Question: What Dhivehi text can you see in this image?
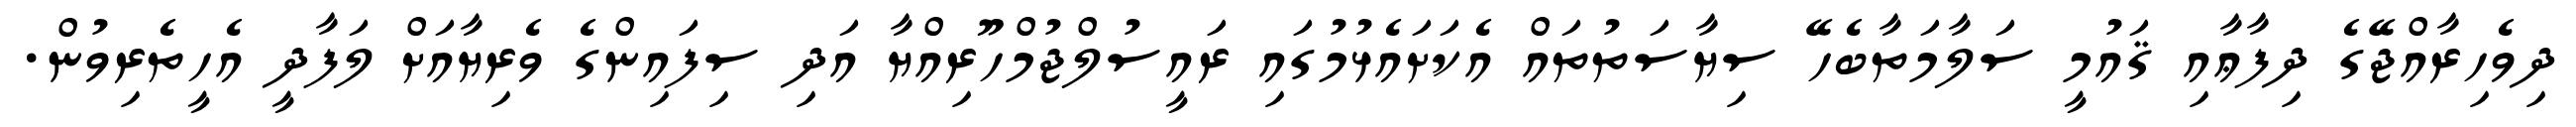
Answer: ދިވެހިރާއްޖޭގެ ދިފާޢާއި ޤައުމީ ސަލާމަތާބެހޭ ސިޔާސަތުތައް އެކަށައެޅުމުގައި ރައީސުލްޖުމްހޫރިއްޔާ އަދި ސިފައިންގެ ވެރިޔާއަށް ލަފާދީ އެހީތެރިވުން.